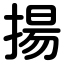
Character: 揚